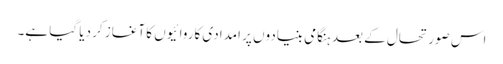
اس صورتحال کے بعد ہنگامی بنیادوں پر امدادی کاروائیوں کا آغاز کر دیا گیا ہے۔